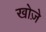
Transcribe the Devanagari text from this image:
खोज़े